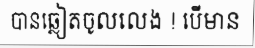
បានឆ្លៀតចូលលេង ! បើមាន